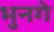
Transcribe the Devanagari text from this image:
भुनगे